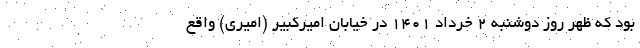
بود که ظهر روز دوشنبه ۲ خرداد ۱۴۰۱ در خیابان امیرکبیر (امیری) واقع